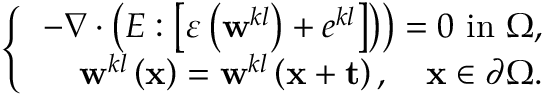
\left\{ \begin{array} { r } { \left. - \nabla \cdot \left( E : \left[ \varepsilon \left( \mathbf { w } ^ { k l } \right) + e ^ { k l } \right] \right) \right) = 0 \mathrm { ~ i n ~ } \Omega , } \\ { \mathbf { w } ^ { k l } \left( \mathbf { x } \right) = \mathbf { w } ^ { k l } \left( \mathbf { x } + \mathbf { t } \right) , \quad \mathbf { x } \in \partial \Omega . } \end{array} \right.